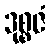
ဒုစ္စဇံ